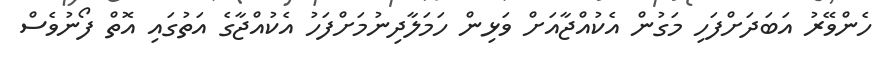
ހެންވޭރު އަބަދަށްފަހި މަގުން އެކުއްޖާއަށް ވަޅިން ހަމަލާދިނުމަށްފަހު އެކުއްޖާގެ އަތުގައި އޮތް ފޯނުވެސް